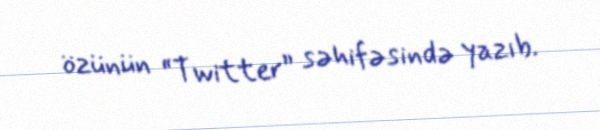
özünün “Twitter” səhifəsində yazıb.